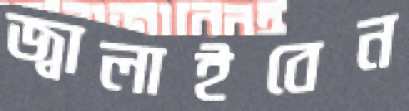
জ্বালাইবেন